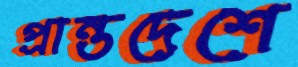
প্রান্তদেশে